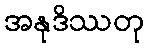
အနုဒိဿတု